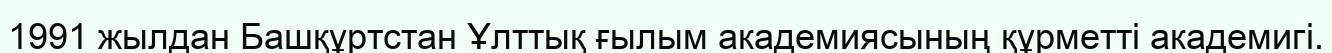
1991 жылдан Башқұртстан Ұлттық ғылым академиясының құрметті академигі.